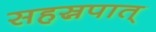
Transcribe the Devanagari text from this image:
सहस्रपात्